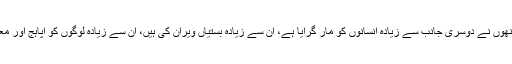
یعنی یہ کہ آج انھوں نے دوسری جانب سے زیادہ انسانوں کو مار گرایا ہے، ان سے زیادہ بستیاں ویران کی ہیں، ان سے زیادہ لوگوں کو اپاہج اور معذور بنا دیا ہے۔